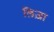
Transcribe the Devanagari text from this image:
लिज़ा